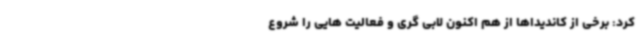
کرد: برخی از کاندیداها از هم اکنون لابی گری و فعالیت هایی را شروع